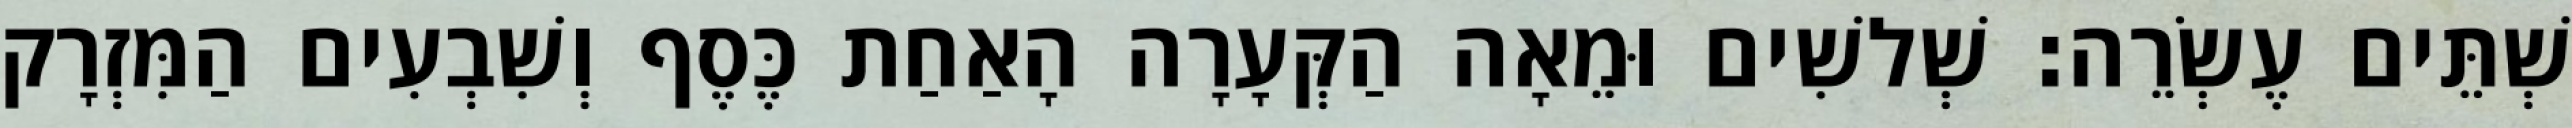
שְׁתֵּים עֶשְׂרֵה׃ שְׁלשִׁים וּמֵאָה הַקְּעָרָה הָאַחַת כֶּסֶף וְשִׁבְעִים הַמִּזְרָק